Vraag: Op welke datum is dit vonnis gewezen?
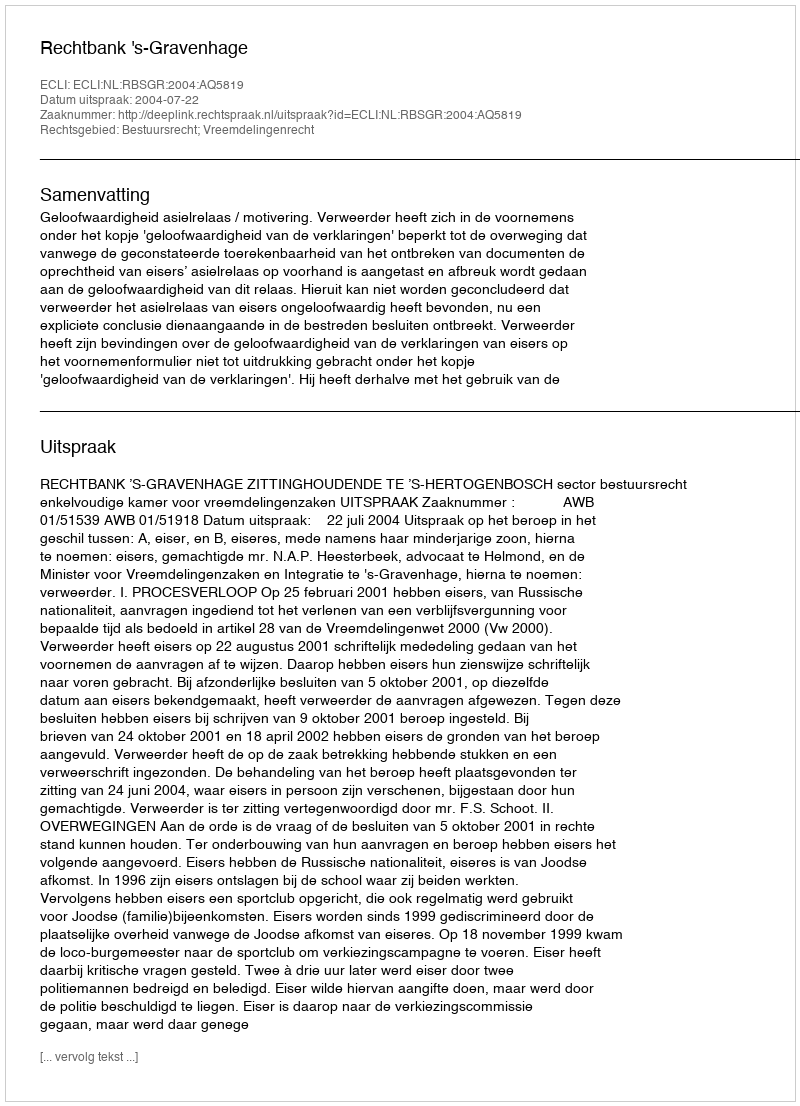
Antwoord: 2004-07-22